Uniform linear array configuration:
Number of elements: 24
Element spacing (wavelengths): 0.5
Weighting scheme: hann
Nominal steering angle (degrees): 45
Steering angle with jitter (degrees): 45.062
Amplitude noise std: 0.05
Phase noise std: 0.05

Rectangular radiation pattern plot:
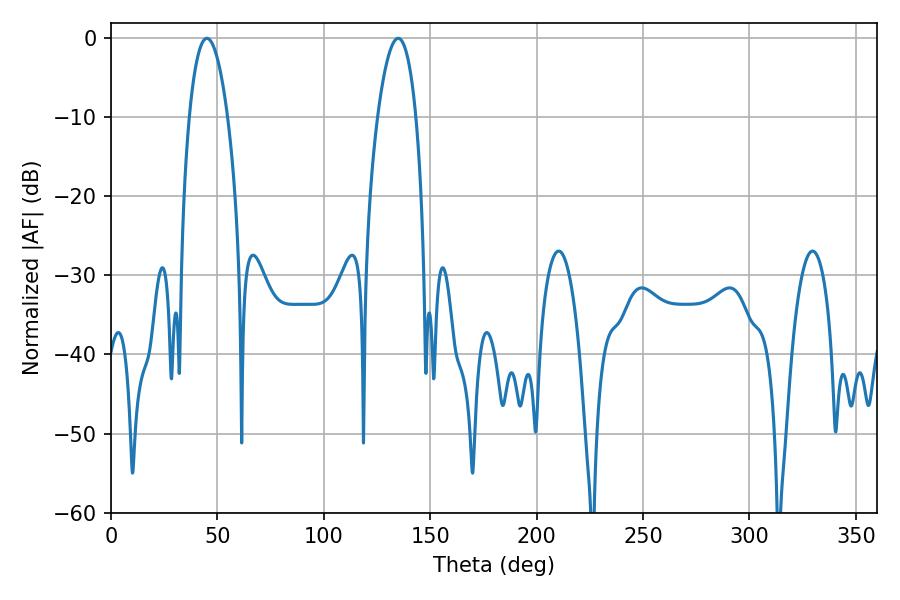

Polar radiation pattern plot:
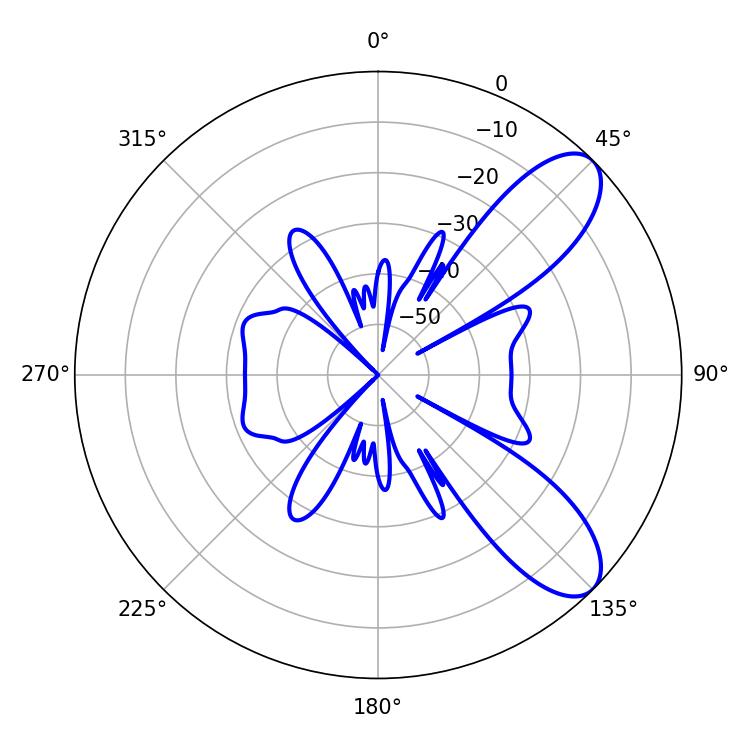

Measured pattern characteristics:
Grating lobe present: FALSE
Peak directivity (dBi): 8.773
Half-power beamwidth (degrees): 9.9
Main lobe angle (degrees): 45